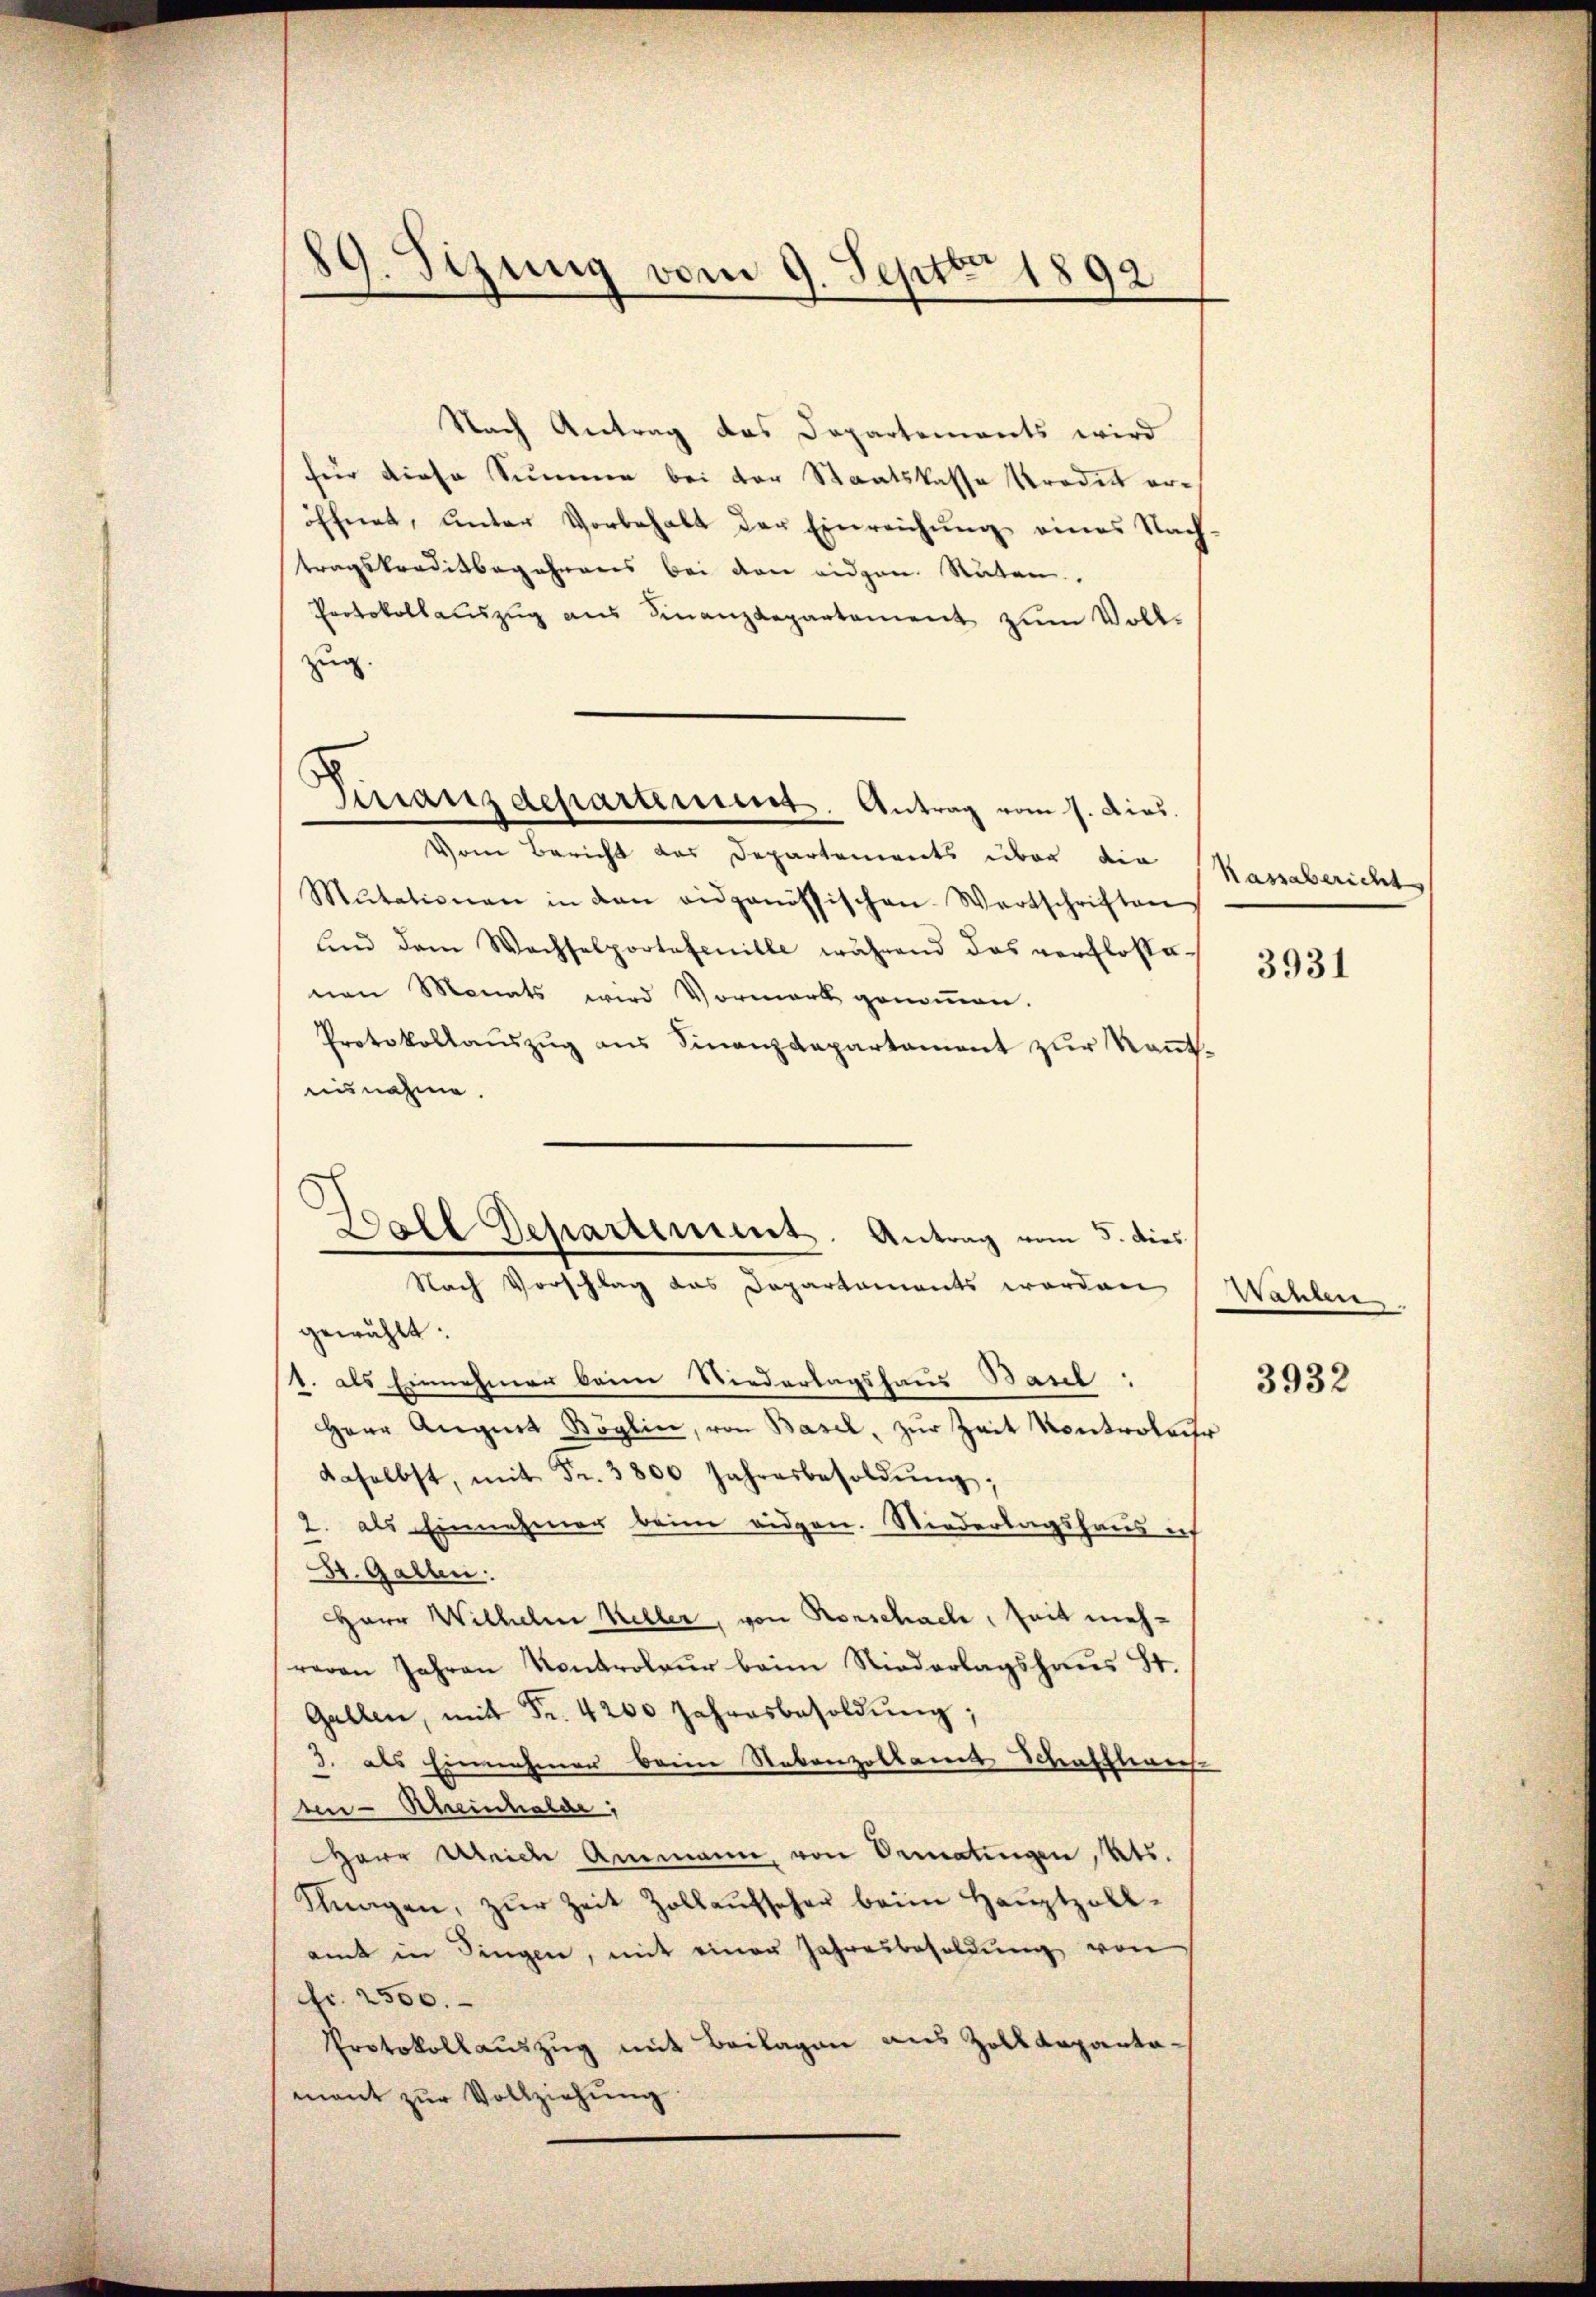
89. Sizung vom 9. Sept 1892

Nach Antrag das Dopartements wird
für diese Summe bei der Staatskasse Prodet eröffnet, unter Vorbehalt der Einreichung eines Nachtragskreditbegehrens bei den eidgen. Stuten.
Protokollauszug aus Finanzdepartement zum Vollzug.
Vom Bericht das Departements über die
Mutationen in den eidgenössischen Wortschriften
und dem Wachselportetenille während das verflosse
nen Monats wird Vormark genommen.
Protokollaŭszŭg ans Finanzdepartament zur Keṅt-
ausnahme.
gewählt:
1. als Einnahmen beim Niedertagshaus Basel:
Herr Angnet Böglin, von Basel, zŭr Zeit Kontrolato
daselbst, mit Fr. 3800 Jahresbesoldŭng,
2. als Einnahmer beim eidgen. Niederlagshaus ich
St. Gallen:
HHerr Wilhelm Keller, von Rorschach, Zeit mehreren Jahren Kontroleur beim Niederlagshaus 81.
Gallen, mit Fr. 4200 Jahresbesoldŭng,
3. als Einnahmen beim Nebenzollamt Schaffhau
sn-Rheinhalde,
Herr Weide Ammann, von Oematingen, Kts.
Ktnagen, zŭr Zeit Zollaŭfseher beim Haŭptzoll-
amt in Singen, mit einer Jahresbesoldŭng von
fr. 2500.
Protokollauszug mit Beilagen aus Zolldepartamant zŭr Vollziehŭng

Finanzdepartement. Antrag vom 17. Dies.

Ball Departement. Antrag vom 5. dies
Nach Vorschlag das Departaments worden

Nassabericht

3931

Wahlen

3932